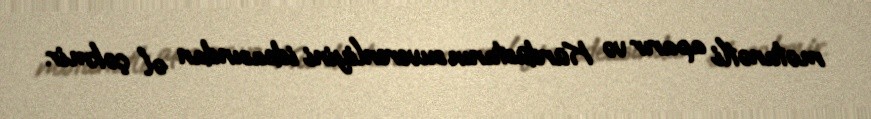
mətanətli aparır və Kürdüstanın suverenliyini ideasından əl çəkmir.